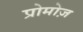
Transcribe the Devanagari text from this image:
प्रोमोज़